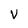
Character: v